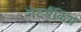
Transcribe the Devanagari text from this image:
नेटबैंकिंग